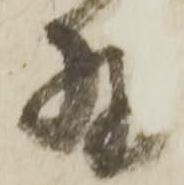
残